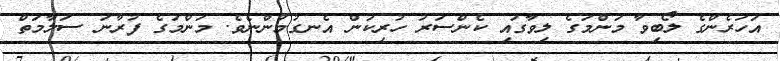
އަހަރެންގެ ލޯބިވާ މަންމަގެ ލިވާގައި ކެންސަރު ހުރިކަން އެނގުމުންނެވެ. މަންމަގެ ފުރާނަ ސަލާމަތް